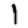
Digit: 1